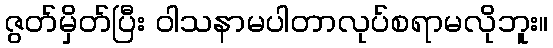
ဇွတ်မှိတ်ပြီး ဝါသနာမပါတာလုပ်စရာမလိုဘူး။